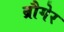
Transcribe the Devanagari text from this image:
ब्रौगेर